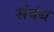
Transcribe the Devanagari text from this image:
संबंथ